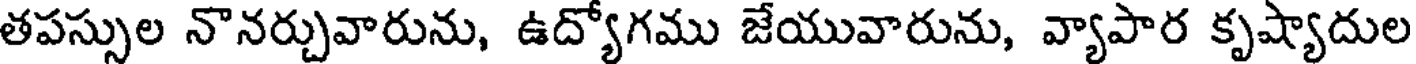
తపస్సుల నొనర్చువారును, ఉద్యోగము జేయువారును, వ్యాపార కృష్యాదుల